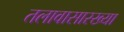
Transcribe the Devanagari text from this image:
तलावासारख्या